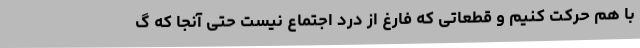
با هم حرکت کنیم و قطعاتی که فارغ از درد اجتماع نیست حتی آنجا که گ